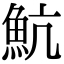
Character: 魧